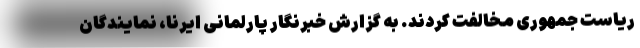
ریاست جمهوری مخالفت کردند. به گزارش خبرنگار پارلمانی ایرنا، نمایندگان